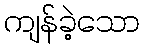
ကျန်ခဲ့သော